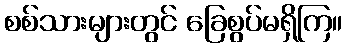
စစ်သားများတွင် ခြေစွပ်မရှိကြ။